Annual statistical returns and brief notes on vaccination in Bengal - 1887-1898
Year: 1887
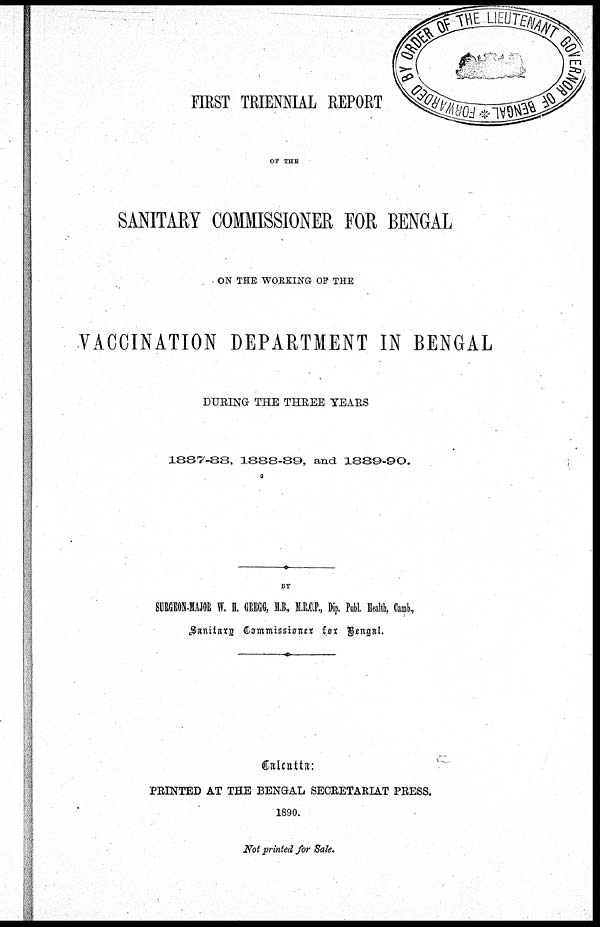
FIRST TRIENNIAL REPORT
OF THE
SANITARY COMMISSIONER FOR BENGAL
ON THE WORKING OF THE
VACCINATION DEPARTMENT IN BENGAL
DURING THE THREE YEARS
1887-88, 1888-89, and 1889-90.
BY
SURGEON-MAJOR W. H. GREGG, M.B., M.R.C.P., Dip. Publ. Health, Camb.,
Sanitary Commissioner for Bengal.
Calcutta:
PRINTED AT THE BENGAL SECRETARIAT PRESS.
1890.
Not printed for Sale.